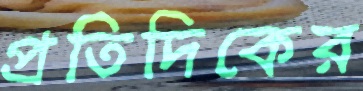
প্রতিদিকের